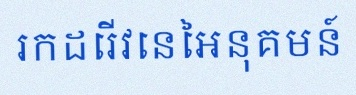
រកដេរីវេនៃអនុគមន៍